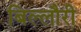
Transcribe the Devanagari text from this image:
बिल्लौरी